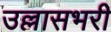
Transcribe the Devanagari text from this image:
उल्लासभरी